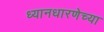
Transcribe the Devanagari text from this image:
ध्यानधारणेच्या